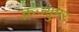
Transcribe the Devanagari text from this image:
क्नज्युमर